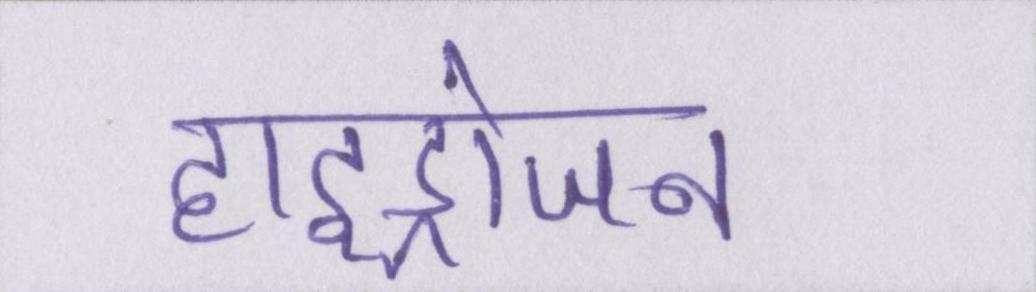
हाइड्रोजन